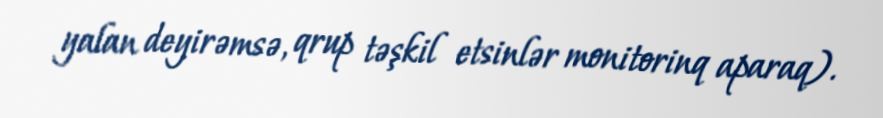
yalan deyirəmsə, qrup təşkil etsinlər monitorinq aparaq).